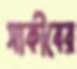
সাকীবের